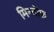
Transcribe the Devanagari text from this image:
मिन्तोफ़